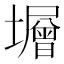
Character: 𡒸